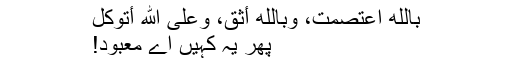
بِاللهِ اعْتَصَمْتُ، وَبِاللهِ أَثِقُ، وَعَلَی اللهِ أَتَوَکَّلُ
پھر یہ کہیں اے معبود!